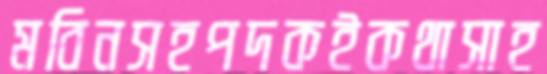
মবিনসহপদকইকথাসাহ